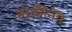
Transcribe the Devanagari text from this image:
व्यक्तीनेच